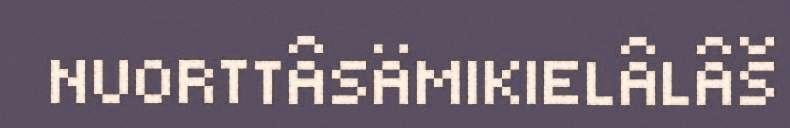
NUORTTÂSÄMIKIELÂLÂŠ